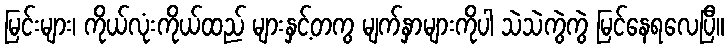
မြင်းများ၊ ကိုယ်လုံးကိုယ်ထည် များနှင့်တကွ မျက်နှာများကိုပါ သဲသဲကွဲကွဲ မြင်နေရလေပြီ။